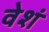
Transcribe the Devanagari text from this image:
वेशं